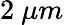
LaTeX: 2~\mu m